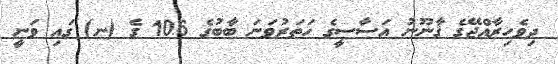
ދިވެހިރާއްޖޭގެ ޤާނޫނު އަސާސީގެ ހަތަރުވަނަ ބާބުގެ 106 ގެ (ނ) ގައި ވަނީ